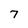
Character: 7